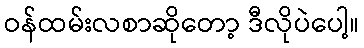
ဝန်ထမ်းလစာဆိုတော့ ဒီလိုပဲပေါ့။